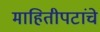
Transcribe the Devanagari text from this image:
माहितीपटांचे